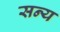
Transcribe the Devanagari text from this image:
सन्य